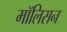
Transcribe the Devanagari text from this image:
मॉलिसन